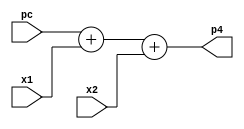
module cla32 (pc,x1,x2,p4);
   input [31:0] pc;
   input [31:0] x1,x2;
   
   output [31:0] p4;
   
   assign p4 = pc + x1+x2;//32'b4;   
   //assign adr = p4 + x2;//offset;
   
endmodule 

//cla32 pcplus4 (pc,32h4, 1b0,p4);
//cla32 br_adr (p4,offset,1b0,adr);